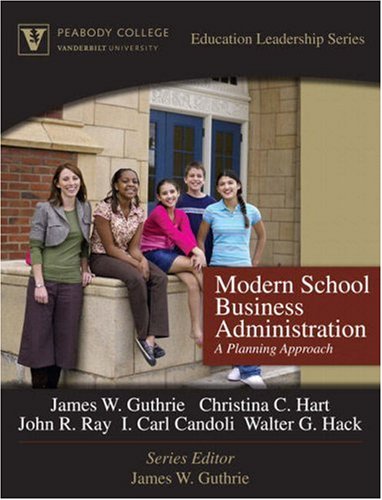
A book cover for Modern School Business Administration: A Planning Approach (Peabody College Education Leadership Series); James W. Guthrie; Education & Teaching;